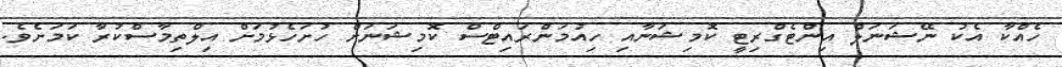
ހެއްކާ އެކު ނޭޝަނަލް އިންޓެގްރިޓީ ކޮމިޝަނާއި ހިއުމަންރައިޓްސް ކޮމިޝަނަށް ހުށަހެޅުމަށް އިލްތިމާސްކުރާ ކަމަށެވެ.